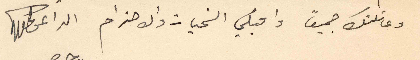
وعائلتك جميعاً واقبلي التحيات والاحترام الداعي